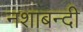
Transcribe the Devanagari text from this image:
नशाबन्दी